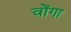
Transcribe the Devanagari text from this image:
वोंगा